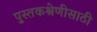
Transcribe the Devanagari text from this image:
पुस्तकश्रेणीसाठी